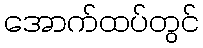
အောက်ထပ်တွင်